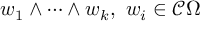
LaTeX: w _ { 1 } \wedge \cdots \wedge w _ { k } , ~ w _ { i } \in { \mathcal { C } } \Omega